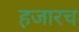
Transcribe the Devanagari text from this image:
हजारच